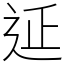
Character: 𨒂